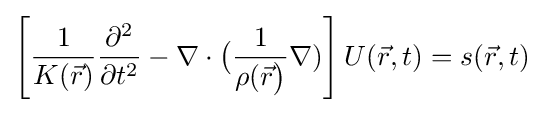
\left[{\frac {1}{K({\vec {r}})}}{\frac {\partial ^{2}}{\partial t^{2}}}-\nabla \cdot {\big (}{\frac {1}{\rho ({\vec {r}}{\big )}}}\nabla )\right]U({\vec {r}},t)=s({\vec {r}},t)